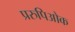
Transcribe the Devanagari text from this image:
प्ररुपिओक